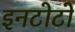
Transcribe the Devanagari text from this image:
इनटोटो